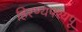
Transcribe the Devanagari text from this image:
हिरण्यपश्यपू